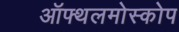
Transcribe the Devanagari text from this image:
ऑफ्थलमोस्कोप